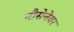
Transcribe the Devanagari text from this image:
नौसेनेवर